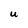
Character: U